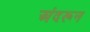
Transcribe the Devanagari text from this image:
अंदरून